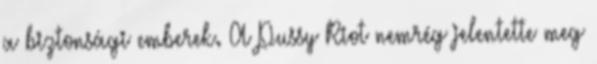
a biztonsági emberek. A Pussy Riot nemrég jelentette meg